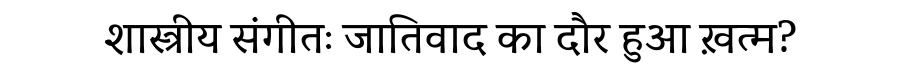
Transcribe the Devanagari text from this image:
शास्त्रीय संगीतः जातिवाद का दौर हुआ ख़त्म?